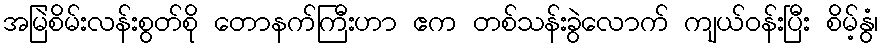
အမြဲစိမ်းလန်းစွတ်စို တောနက်ကြီးဟာ ဧက တစ်သန်းခွဲလောက် ကျယ်ဝန်းပြီး စိမ့်နွံ၊